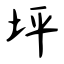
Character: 坪